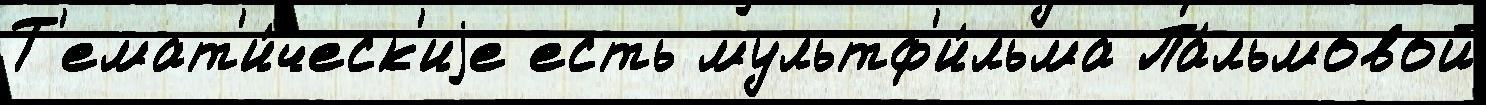
Т'емат'и́ческ'иjе есть мультф'и́льма Па́льмовой